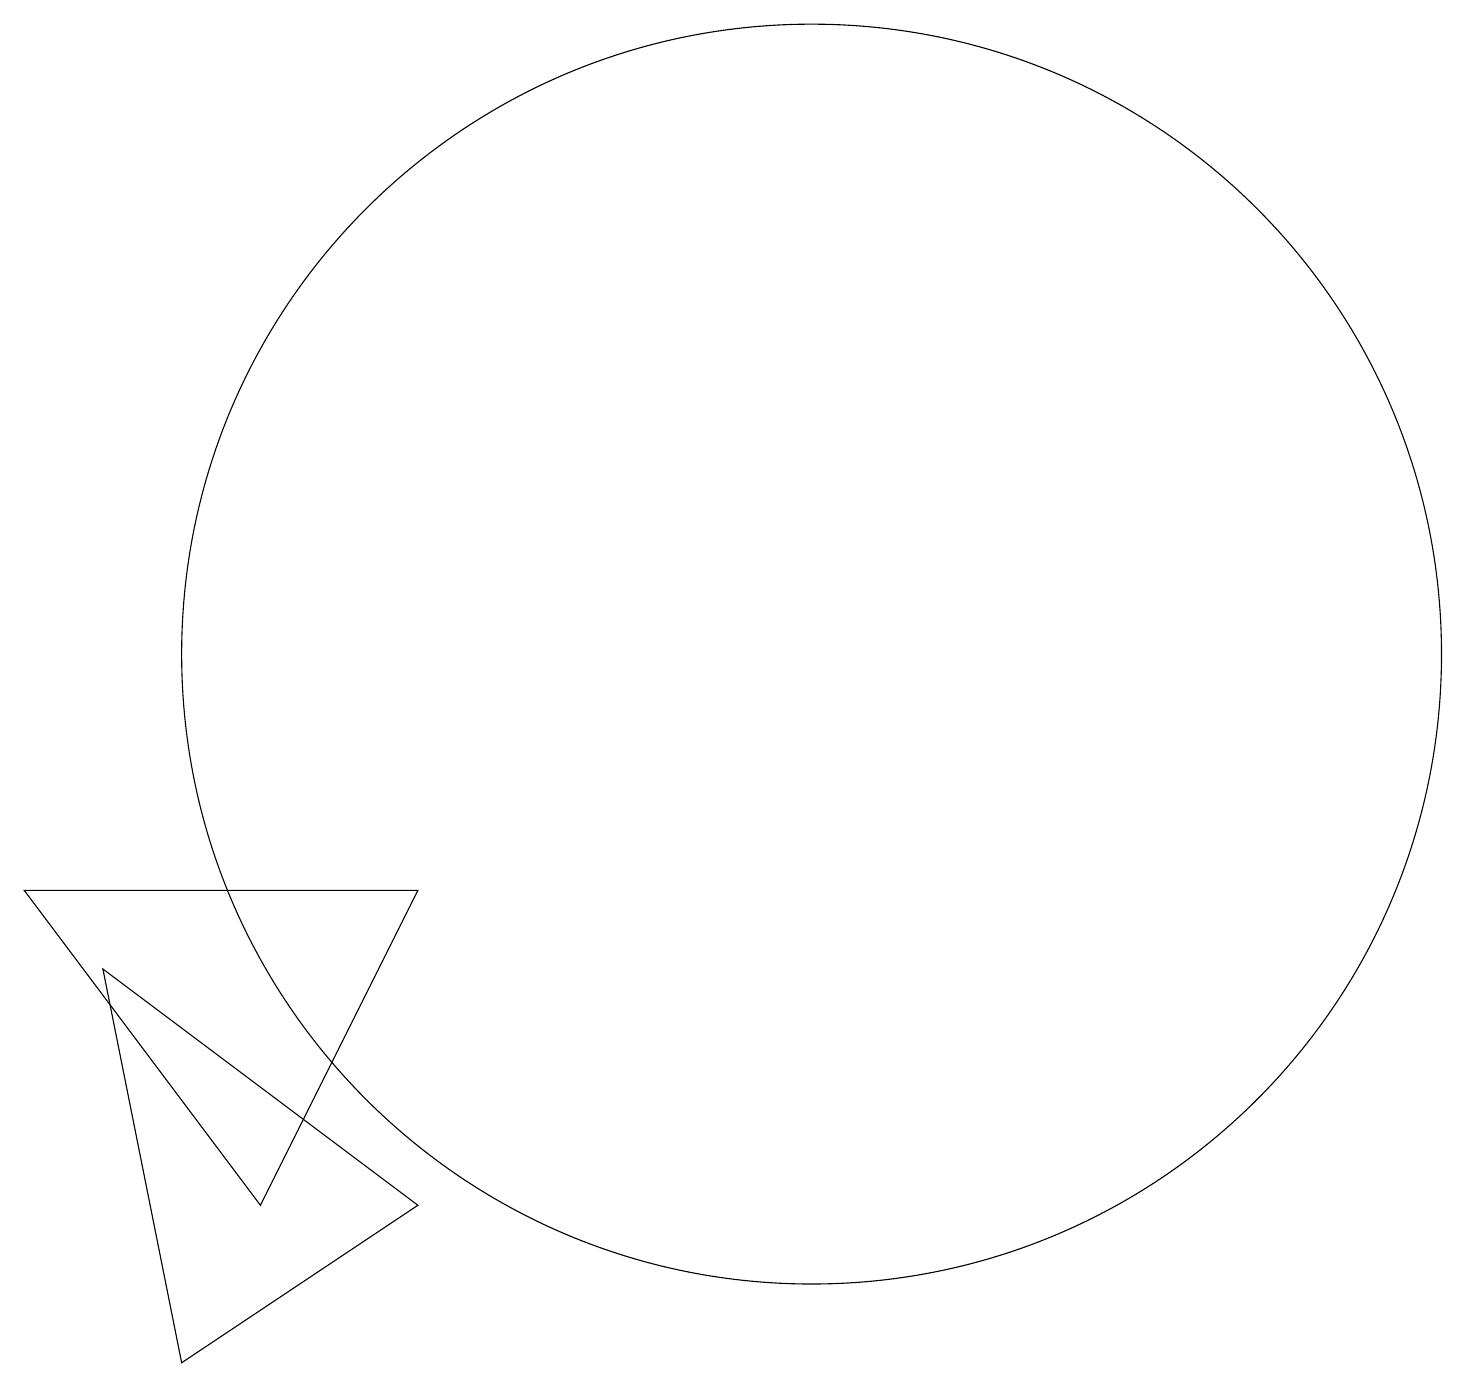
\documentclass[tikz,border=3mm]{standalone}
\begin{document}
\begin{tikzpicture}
\draw (12,10) circle (8);
\draw (3,6) -- (4,1) -- (7,3) -- cycle;
\draw (5,3) -- (2,7) -- (7,7) -- cycle;
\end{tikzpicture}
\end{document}